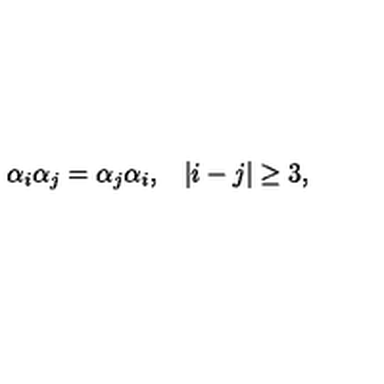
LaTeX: \begin{array} { c c } { \alpha _ { i } \alpha _ { j } = \alpha _ { j } \alpha _ { i } , } & { | i - j | \geq 3 , } \\ \end{array}